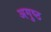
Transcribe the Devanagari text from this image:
अगुष्ठ